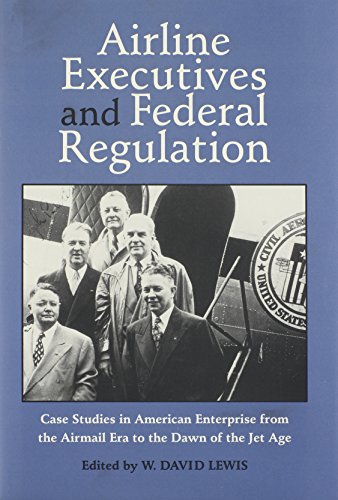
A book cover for AIRLINE EXECUTIVES FEDERAL REGULATION: CASE STUDIES IN AMERICAN ENTERPRISE FROM (Historical Perspectives on Business Enterprise Series); W. DAVID LEWIS; Business & Money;